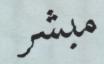
مبشر